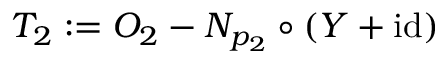
T _ { 2 } : = O _ { 2 } - N _ { p _ { 2 } } \circ ( Y + \mathrm { i d } )